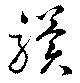
驥